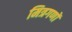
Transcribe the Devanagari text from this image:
मित्रगणों